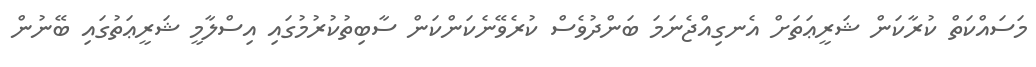
މަސައްކަތް ކުރާކަން ޝަރީޢަތަށް އެނގިއްޖެނަމަ ބަންދުވެސް ކުރެވޭނެކަންކަން ސާބިތުކުރުމުގައި އިސްލާމީ ޝަރީޢަތުގައި ބޭނުން